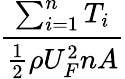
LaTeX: \frac{\sum_{i=1}^{n}T_{i}}{\frac{1}{2}\rho U_{F}^{2}nA}